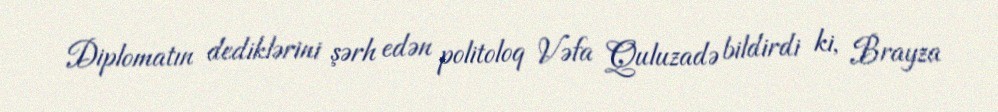
Diplomatın dediklərini şərh edən politoloq Vəfa Quluzadə bildirdi ki, Brayza